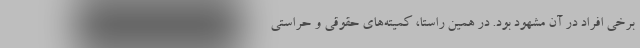
برخی افراد در آن مشهود بود. در همین راستا، کمیته‌های حقوقی و حراستی